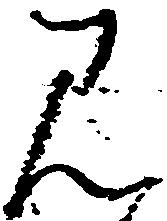
み